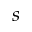
s